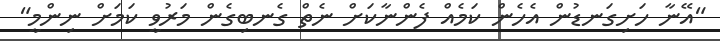
"އޭނާ ހަށިގަނޑުން އެހެން ކަމެއް ފެންނާކަށް ނެތް ގެނބިގެން މަރުވީ ކަމަށް ނިންމީ"